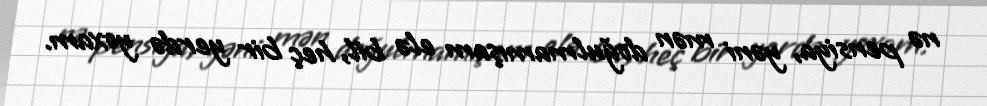
nə pensiya, yəni mən doğulmamışam elə bil, heç bir yerdə yoxam.